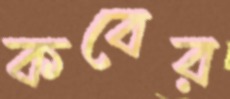
কবের